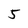
Character: 5